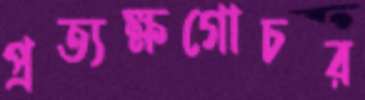
প্রত্যক্ষগোচর